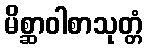
မိစ္ဆာဝါစာသုတ္တံ